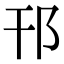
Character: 邗